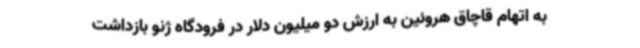
به اتهام قاچاق هروئین به ارزش دو میلیون دلار در فرودگاه ژنو بازداشت